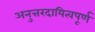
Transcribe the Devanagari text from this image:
अनुत्तरदायित्वपूर्ण